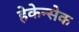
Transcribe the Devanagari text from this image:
हेकेन्सेक